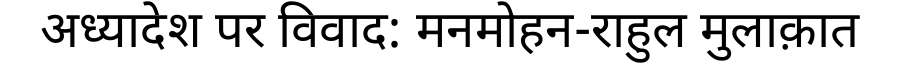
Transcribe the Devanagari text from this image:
अध्यादेश पर विवाद: मनमोहन-राहुल मुलाक़ात